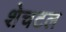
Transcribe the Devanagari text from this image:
शेचटल